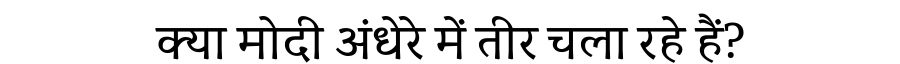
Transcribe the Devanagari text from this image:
क्या मोदी अंधेरे में तीर चला रहे हैं?